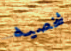
شخصيه